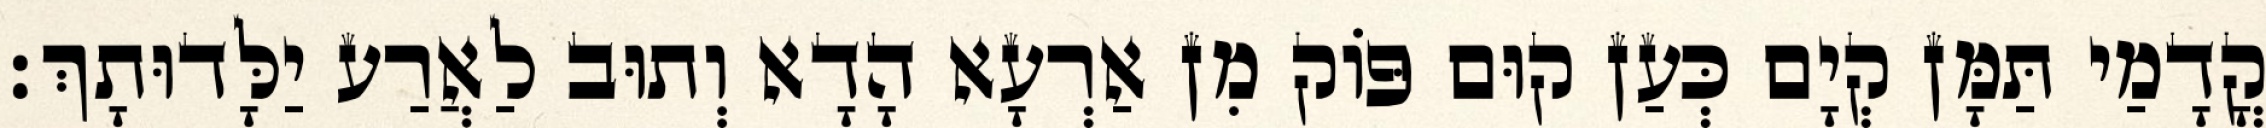
קֳדָמַי תַּמָּן קְיָם כְּעַן קוּם פּוֹק מִן אַרְעָא הָדָא וְתוּב לַאֲרַע יַלָּדוּתָךְ׃